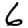
Digit: 6